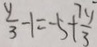
\frac { y } { 3 } - 1 = - 5 + \frac { 7 y } { 3 }